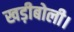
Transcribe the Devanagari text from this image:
खड़ीबोली।